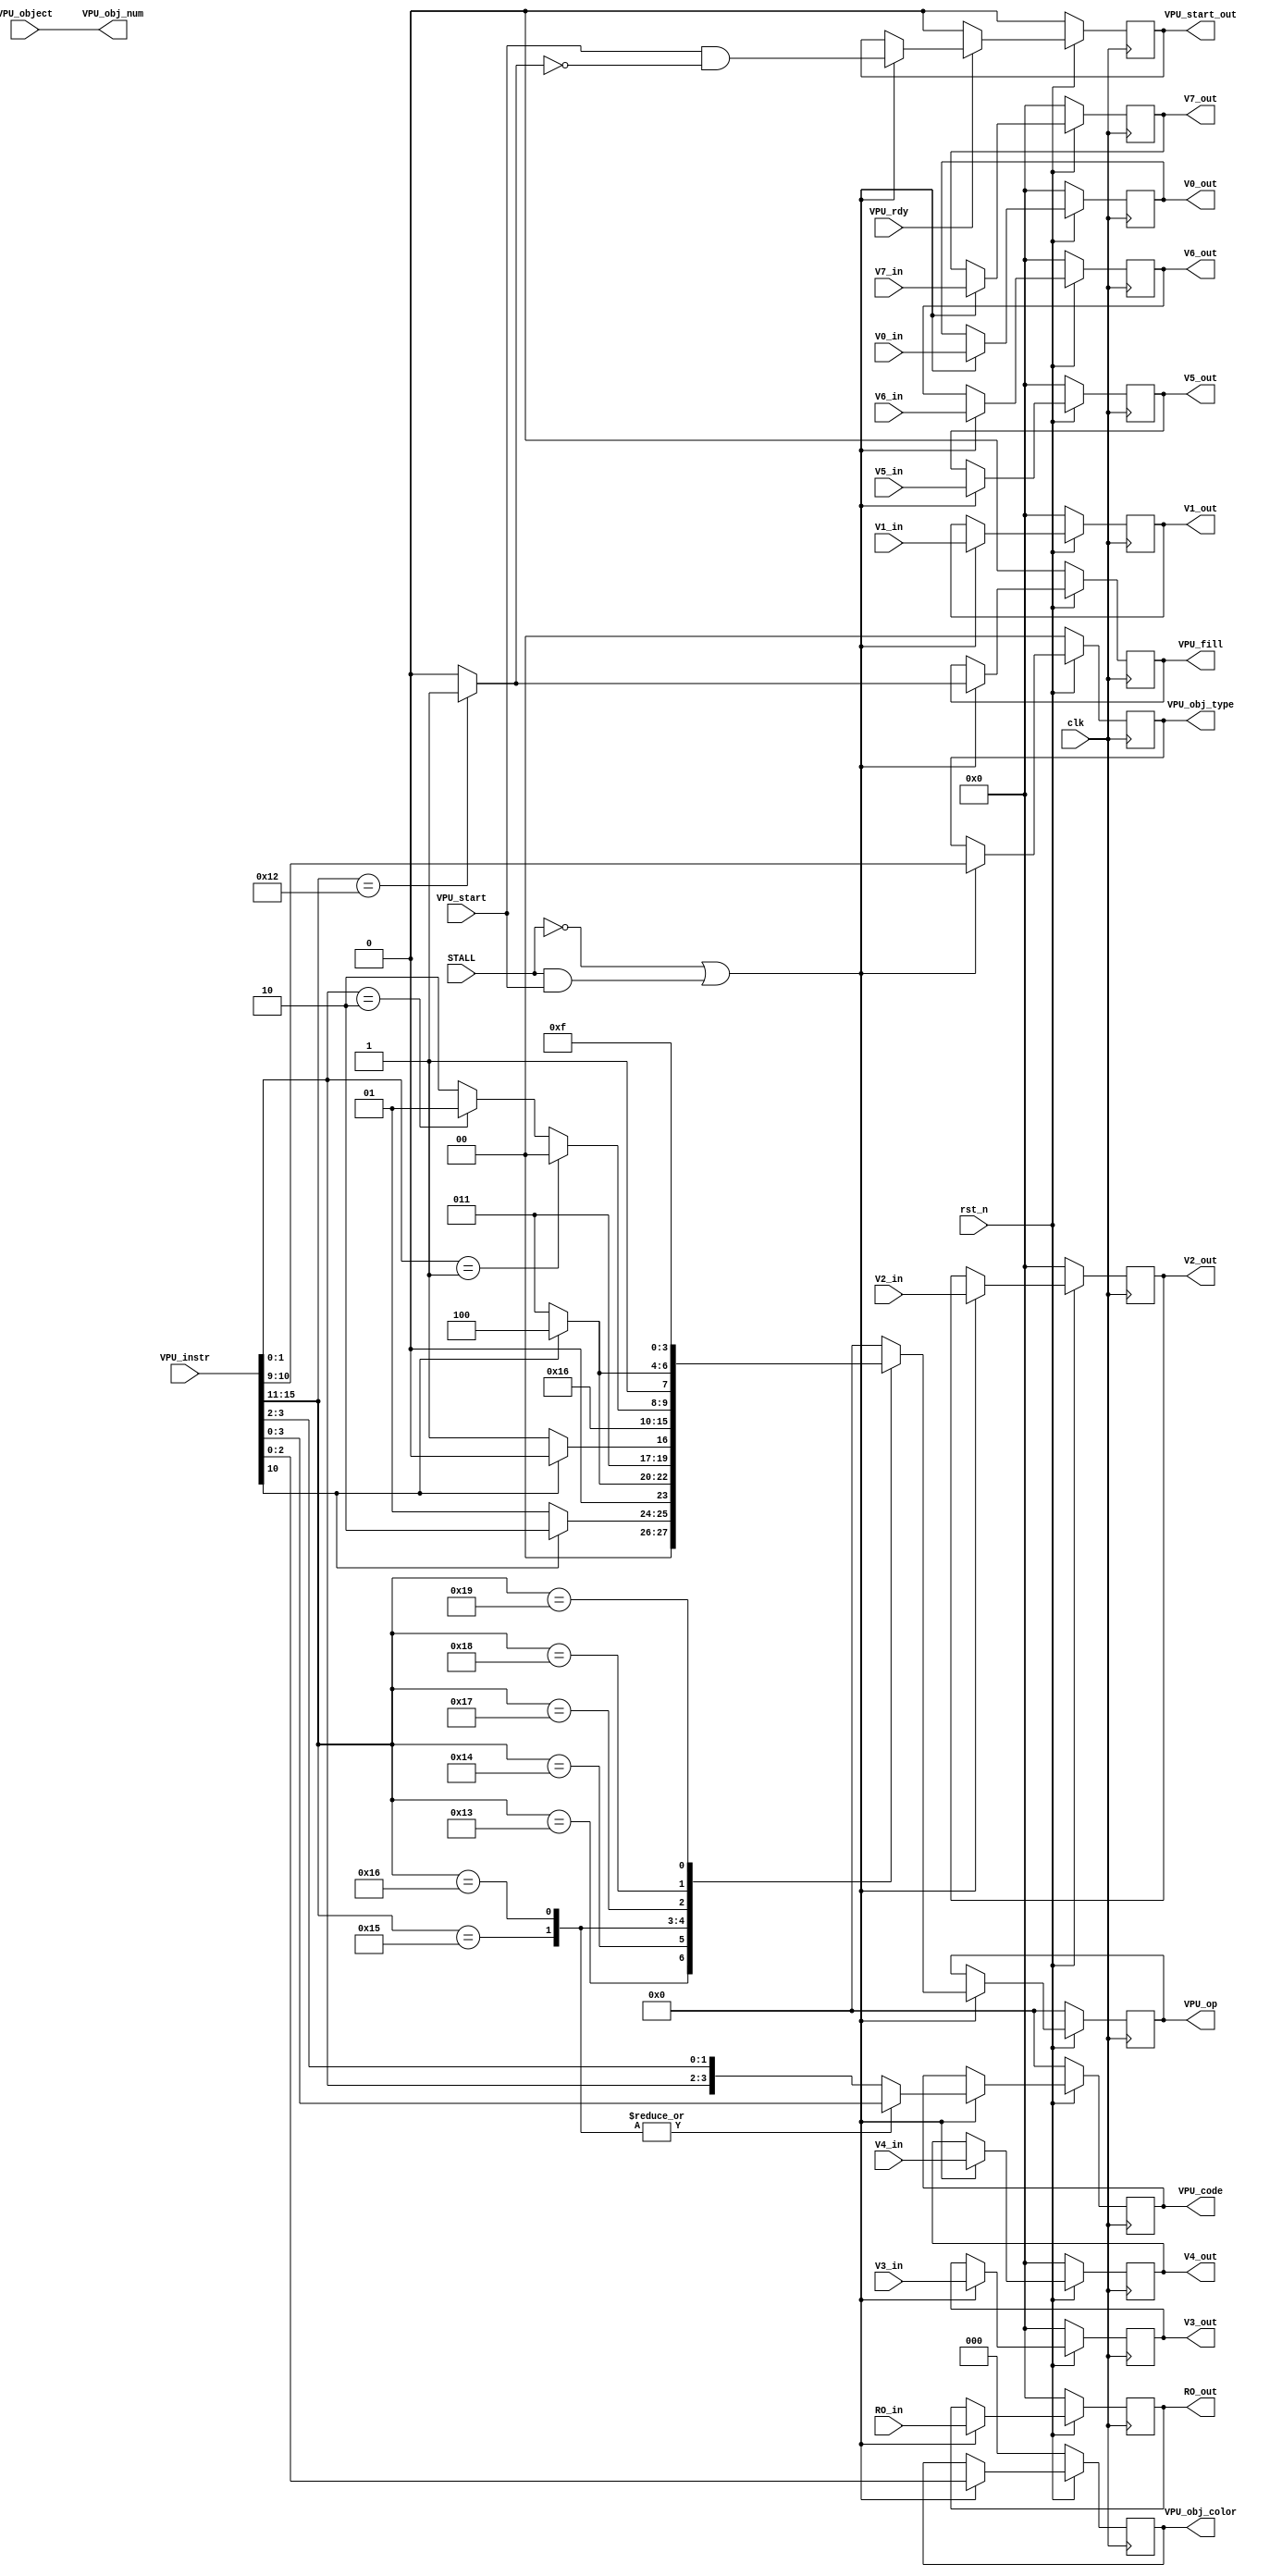
////////////////////////////////////////////////////////////////////////////////
// VPU_register.v
// Dan Wortmann
//
// Description:
// Register that holds all data to interface with VPU end. When a CPU read a
// VPU instruction, the information gets loaded and held for the duration of
// the VPU processing time.
////////////////////////////////////////////////////////////////////////////////
module VPU_register(
    // Inputs //
    clk, rst_n, STALL,
    VPU_instr,
    VPU_object,
    VPU_start,
    VPU_rdy,
    V0_in,
    V1_in,
    V2_in,
    V3_in,
    V4_in,
    V5_in,
    V6_in,
    V7_in,
    RO_in,
    // Outputs //
    VPU_start_out,
    VPU_fill,
    VPU_obj_type,
    VPU_obj_color,
    VPU_op,
    VPU_code,
    VPU_obj_num,
    V0_out,
    V1_out,
    V2_out,
    V3_out,
    V4_out,
    V5_out,
    V6_out,
    V7_out,
    RO_out
);
////////////
// Inputs /
//////////
input               clk, rst_n, STALL;
input               VPU_start;
input               VPU_rdy;
input       [4:0]   VPU_object;
input       [15:0]  VPU_instr;
input       [15:0]  V0_in, V1_in, V2_in, V3_in, V4_in, V5_in, V6_in, V7_in, RO_in;
/////////////
// Outputs /
///////////
output  wire        VPU_start_out;
output  reg         VPU_fill;
output  reg [1:0]   VPU_obj_type;
output  reg [2:0]   VPU_obj_color;
output  reg [3:0]   VPU_op;
output  reg [3:0]   VPU_code;
output  [4:0]   VPU_obj_num;
output  reg [15:0]  V0_out, V1_out, V2_out, V3_out, V4_out, V5_out, V6_out, V7_out, RO_out;

/////////////////////////////
// Signals/Logic/Registers /
///////////////////////////
reg         VPU_start_r;

///////////////////
// Interconnects /
/////////////////
reg         fill;
reg [3:0]   op;
reg [3:0]   code;

/////////////////
// VPU Opcodes /
///////////////
localparam DRAW     = 5'b10000;
localparam ELLI     = 5'b10001;
localparam FILL     = 5'b10010;
localparam RMV      = 5'b10011;
localparam TRAN     = 5'b10100;
localparam ROT      = 5'b10101;
localparam SCALE    = 5'b10110;
localparam REFLECT  = 5'b10111;
localparam MAT      = 5'b11000;
localparam GETOBJ   = 5'b11001;

////////////////////////////////////////////////////////////////////////////////
// VPU_register
////

// Decode VPU_op and _code //
always@(*)begin
    // Defaults //
    op = 4'h0;
    fill = 0;
    code = {VPU_instr[1:0], VPU_instr[3:2]}; // [3:2] Point [1:0] Y,X Direction (TRANSLATE)

    // VPU_op //
    case(VPU_instr[15:11])
        DRAW   :begin
            op = 4'h0;
        end
        ELLI   :begin   // Dropped this Instruction //
            op = 4'h0;  // Dropped this Instruction //
        end             // Dropped this Instruction //
        FILL   :begin
            fill = 1;   // Canceled the VPU_start signal and ONLY signal FILL
        end
        RMV    :begin
            op = (VPU_instr[10]) ? 4'h2 : 4'h1;
        end
        TRAN   :begin
            op = (VPU_instr[10]) ? 4'h4 : 4'h3;
        end
        ROT    :begin
            op = (VPU_instr[10]) ? 4'h6 : 4'h7;
            code = VPU_instr[3:0];// [3] Centroid [2:0] Amount (ROT/SCALE)
        end
        SCALE  :begin
            op = 4'h5;
            code = VPU_instr[3:0];// [3] Centroid [2:0] Amount (ROT/SCALE)
        end
        REFLECT:begin
            op = (VPU_instr[1:0] == 2'h1) ? 4'h8:
                 (VPU_instr[1:0] == 2'h2) ? 4'h9:
                                            4'hA;
        end
        MAT    :begin
            op = (VPU_instr[10]) ? 4'hC : 4'hB;
        end
        GETOBJ :begin
            op = 4'hF;
        end
    endcase
end

// Flop VPU signals + registers //
always@(posedge clk)begin
    if(!rst_n)
        VPU_start_r <= 1'h0;
    else if(~VPU_rdy)
        VPU_start_r <= 1'h0;
    else if(~STALL | (STALL & VPU_start))
        VPU_start_r <= VPU_start & ~fill;
    else
        VPU_start_r <= VPU_start_r;
end

assign VPU_start_out = VPU_start_r; // Single Cycle for VPU_start

always@(posedge clk)begin
    if(!rst_n)begin
        VPU_op    <= 4'h0;
        VPU_code  <= 4'h0;
    end else if(~STALL | (STALL & VPU_start))begin
        VPU_op    <= op;
        VPU_code  <= code;
    end else begin 
        VPU_op    <= VPU_op;
        VPU_code  <= VPU_code;
    end
end

always@(posedge clk)begin
    if(!rst_n)
        VPU_fill      <= 1'h0;
    else if(~STALL | (STALL & VPU_start))
        VPU_fill      <= fill;
    else
        VPU_fill      <= VPU_fill;
end

always@(posedge clk)begin
    if(!rst_n)
        VPU_obj_type <= 2'h0;
    else if(~STALL | (STALL & VPU_start))
        VPU_obj_type <= VPU_instr[10:9];
    else
        VPU_obj_type <= VPU_obj_type;
end

always@(posedge clk)begin
    if(!rst_n)
        VPU_obj_color <= 3'h0;
    else if(~STALL | (STALL & VPU_start))
        VPU_obj_color <= VPU_instr[2:0];
    else
        VPU_obj_color <= VPU_obj_color;
end

assign VPU_obj_num = VPU_object;
//always@(posedge clk)begin
//    if(!rst_n)
//        VPU_obj_num <= 5'h0;
//    else if(~STALL | (STALL & VPU_start))
//        VPU_obj_num <= VPU_object;
//    else
//        VPU_obj_num <= VPU_obj_num;
//end

always@(posedge clk)begin
    if(!rst_n)begin
        V0_out <= 16'h0000;
        V1_out <= 16'h0000;
        V2_out <= 16'h0000;
        V3_out <= 16'h0000;
        V4_out <= 16'h0000;
        V5_out <= 16'h0000;
        V6_out <= 16'h0000;
        V7_out <= 16'h0000;
        RO_out <= 16'h0000;
    end else if(~STALL | (STALL & VPU_start))begin
        V0_out <= V0_in;
        V1_out <= V1_in;
        V2_out <= V2_in;
        V3_out <= V3_in;
        V4_out <= V4_in;
        V5_out <= V5_in;
        V6_out <= V6_in;
        V7_out <= V7_in;
        RO_out <= RO_in;
    end else begin
        V0_out <= V0_out;
        V1_out <= V1_out;
        V2_out <= V2_out;
        V3_out <= V3_out;
        V4_out <= V4_out;
        V5_out <= V5_out;
        V6_out <= V6_out;
        V7_out <= V7_out;
        RO_out <= RO_out;
    end
end

endmodule